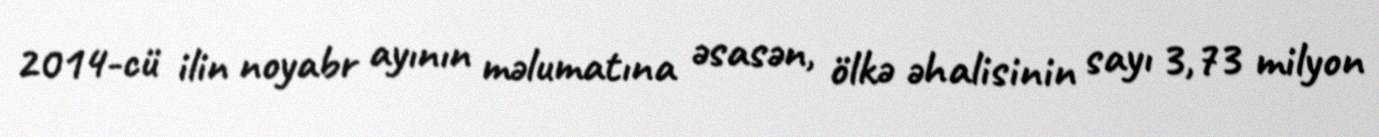
2014-cü ilin noyabr ayının məlumatına əsasən, ölkə əhalisinin sayı 3,73 milyon